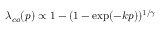
\begin{array} { r } { \lambda _ { c o } ( p ) \propto 1 - ( 1 - \exp ( - k p ) ) ^ { 1 / \gamma } } \end{array}